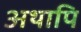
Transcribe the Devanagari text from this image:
अथापि